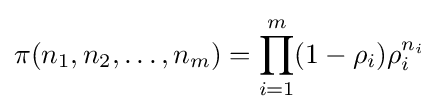
\pi (n_{1},n_{2},\ldots ,n_{m})=\prod _{i=1}^{m}(1-\rho _{i})\rho _{i}^{n_{i}}